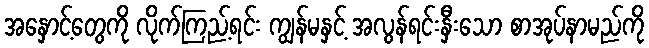
အနှောင့်တွေကို လိုက်ကြည့်ရင်း ကျွန်မနှင့် အလွန်ရင်းနှီးသော စာအုပ်နာမည်ကို